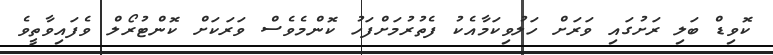
ކޮވިޑް ބަލި ރަށުގައި ވަރަށް ހަލުވިކަމާއެކު ފެތުރުމަށްފަހު ކޮންމެވެސް ވަރަކަށް ކޮންޓުރޯލް ވެފައިވާތީވެ